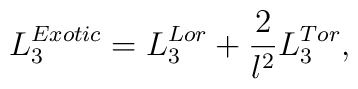
L_{3}^{Exotic}=L_{3}^{Lor}+\frac{2}{l^{2}}L_{3}^{Tor},